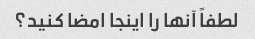
لطفاً آنها را اینجا امضا کنید؟